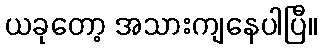
ယခုတော့ အသားကျနေပါပြီ။